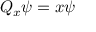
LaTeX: Q _ { x } \psi = x \psi